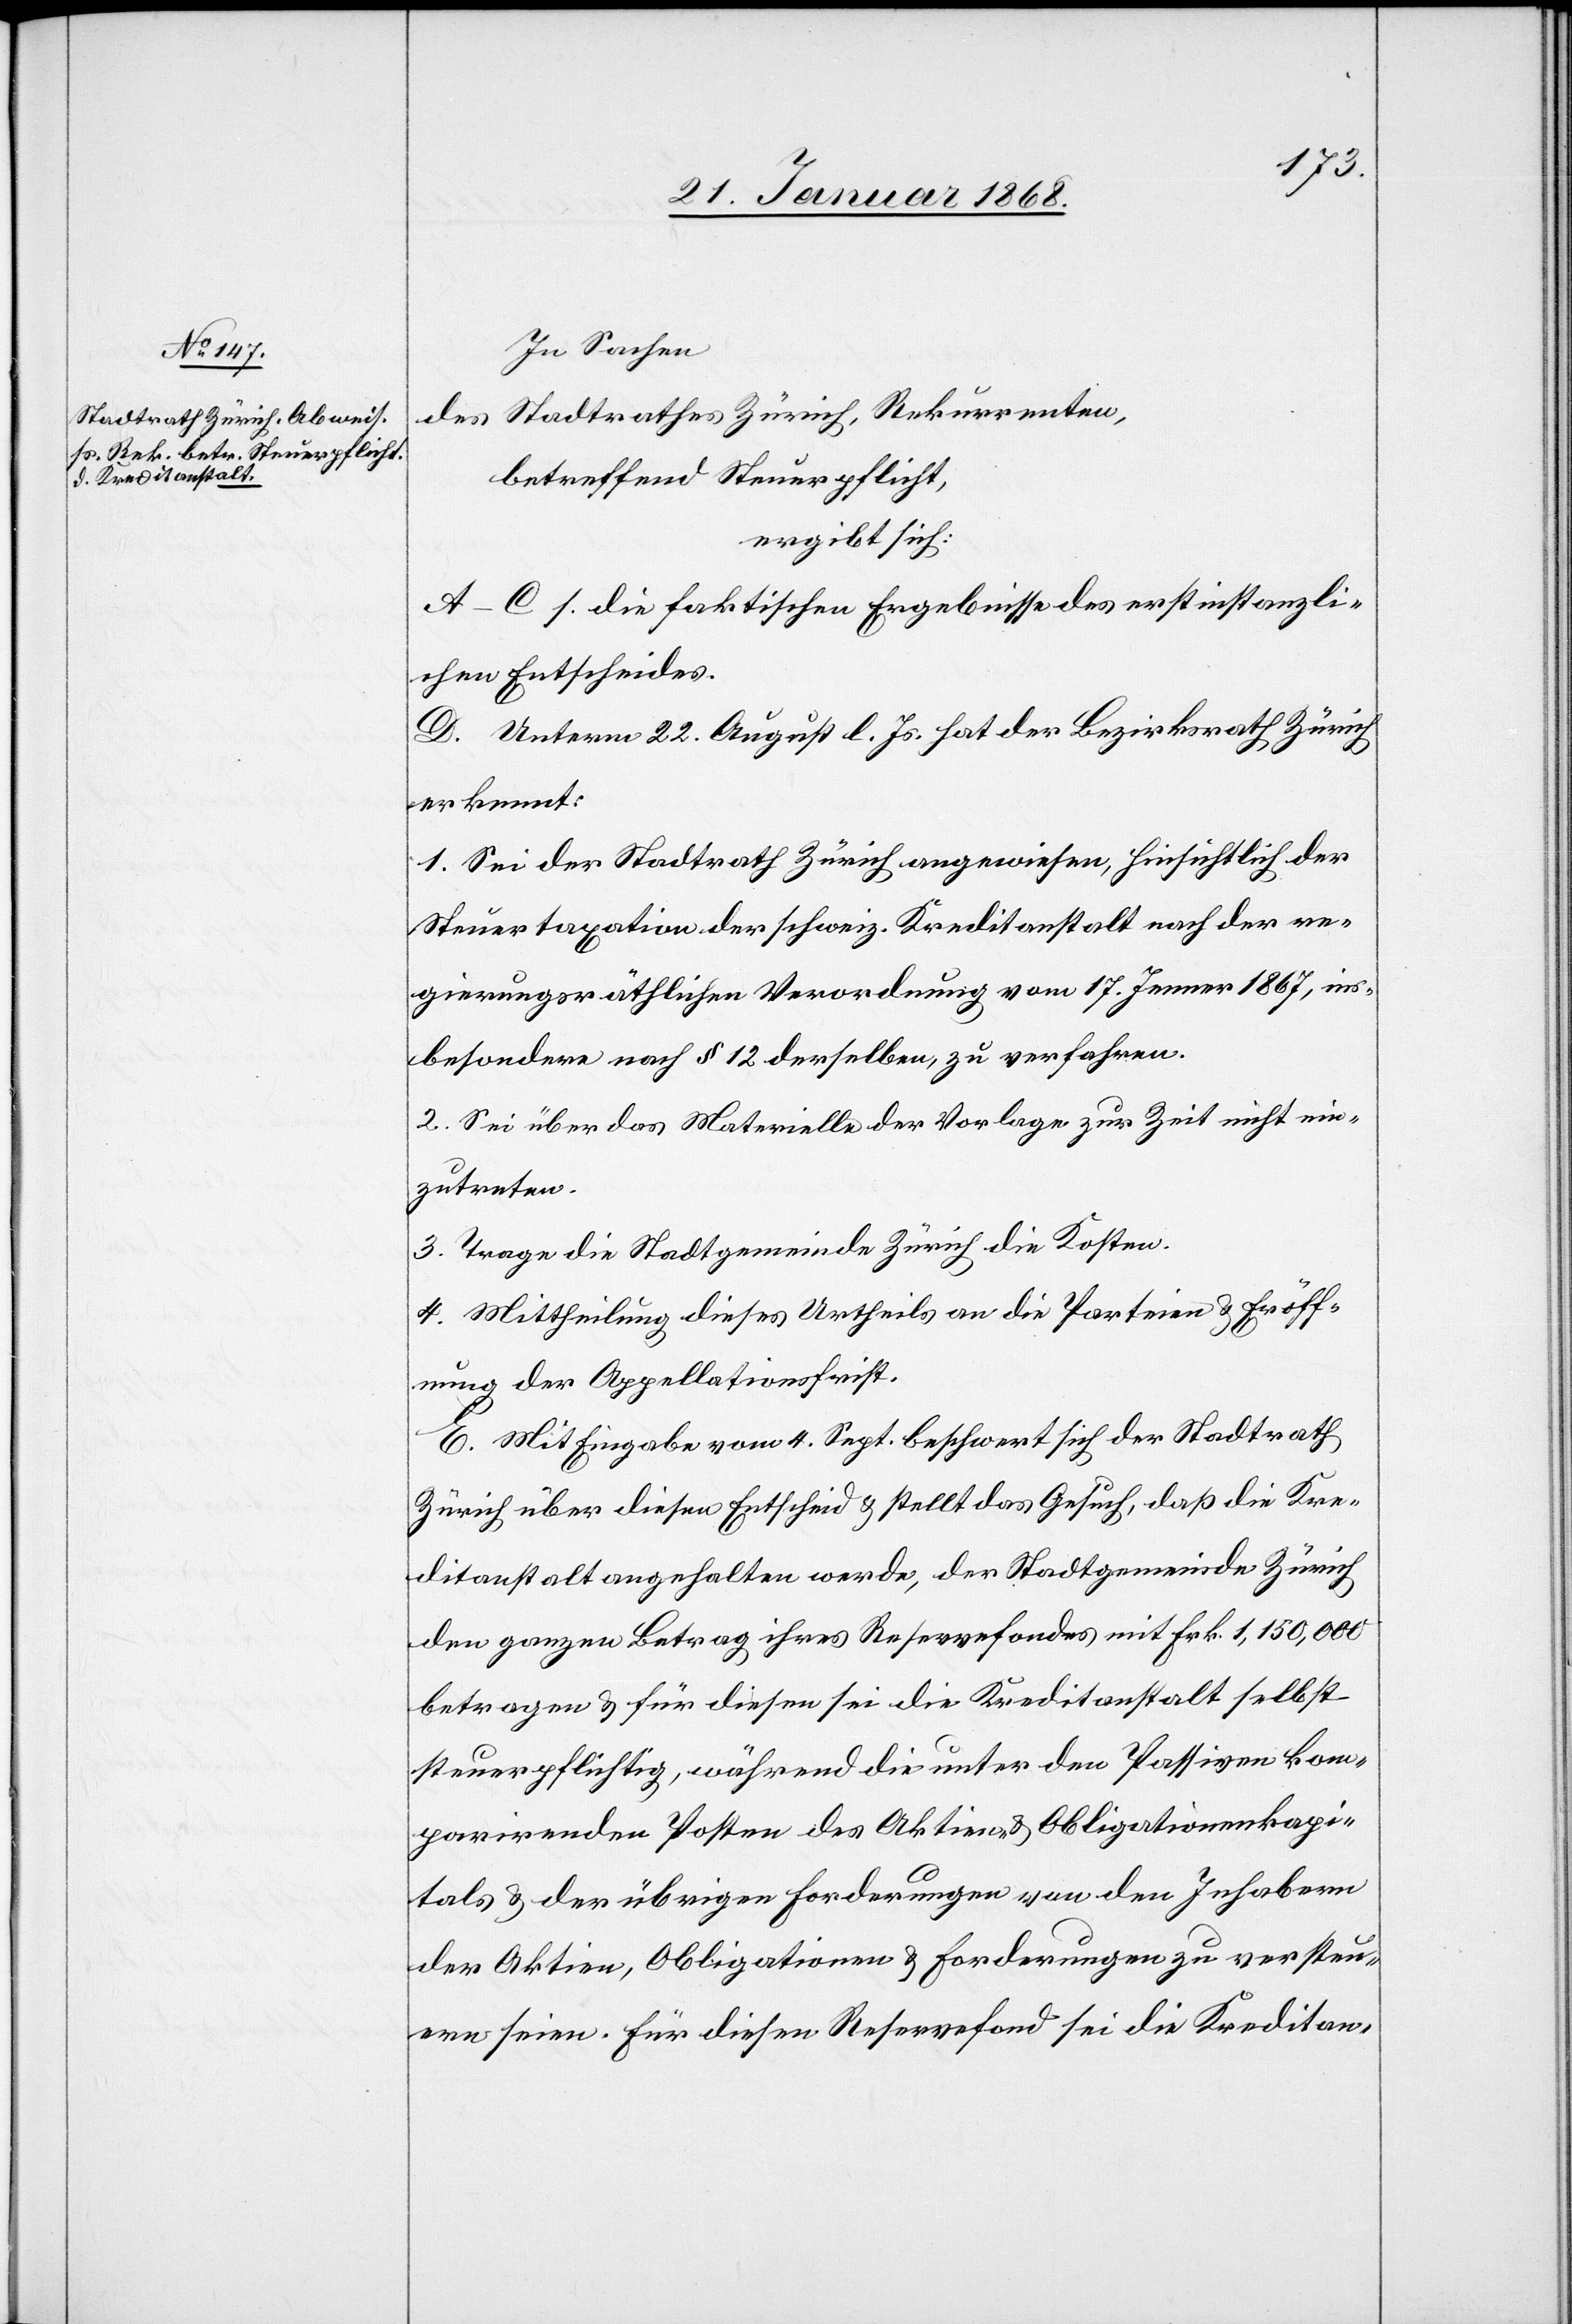
In Sachen
des Stadtrathes Zürich, Rekurrenten,
betreffend Steuerpflicht,
ergibt sich:
A–C s. die faktischen Ergebnisse des erstinstanzli¬
chen Entscheides.
D. Unterm 22. August l. Js. hat der Bezirksrath Zürich
erkennt:
1. Sei der Stadtrath Zürich angewiesen, hinsichtlich der
Steuertaxation der schweiz. Kreditanstalt nach der re¬
gierungsräthlichen Verordnung vom 17. Jenner 1867, ins¬
besondere nach § 12 derselben, zu verfahren.
2. Sei über das Materielle der Vorlage zur Zeit nicht ein¬
zutreten.
3. Trage die Stadtgemeinde Zürich die Kosten.
4. Mittheilung dieses Urtheils an die Parteien & Eröff¬
nung der Appellationsfrist.
E. Mit Eingabe vom 4. Sept. beschwert sich der Stadtrath
Zürich über diesen Entscheid & stellt das Gesuch, daß die Kre¬
ditanstalt angehalten werde, der Stadtgemeinde Zürich
den ganzen Betrag ihres Reservefondes mit Frk. 1,150,000
betragen & für diesen sei die Kreditanstalt selbst
steuerpflichtig, während die unter den Passiven kom¬
parirenden Posten des Aktien- & Obligationenkapi¬
tals & der übrigen Forderungen von den Inhabern
der Aktien, Obligationen & Forderungen zu versteu¬
ern seien. Für diesen Reservefond sei die Kreditan-